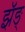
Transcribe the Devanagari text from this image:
झॅङ्